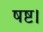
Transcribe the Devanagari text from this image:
षष्ट।